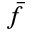
\bar { f }